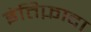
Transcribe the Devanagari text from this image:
इंतिफ़ादा